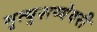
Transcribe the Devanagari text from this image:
मृत्युशय्येवरी